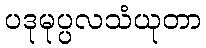
ပဒုမုပ္ပလသံယုတာ